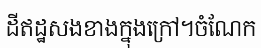
ដីឥដ្ឋសងខាងក្នុងក្រៅ។ចំណែក